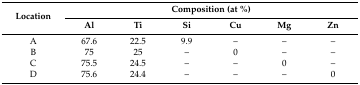
<table><thead><tr><td rowspan="2"><b>Location</b></td><td colspan="6"><b>Composition (at %)</b></td></tr><tr><td><b>Al</b></td><td><b>Ti</b></td><td><b>Si</b></td><td><b>Cu</b></td><td><b>Mg</b></td><td><b>Zn</b></td></tr></thead><tbody><tr><td>A</td><td>67.6</td><td>22.5</td><td>9.9</td><td>–</td><td>–</td><td>–</td></tr><tr><td>B</td><td>75</td><td>25</td><td>–</td><td>0</td><td>–</td><td>–</td></tr><tr><td>C</td><td>75.5</td><td>24.5</td><td>–</td><td>–</td><td>0</td><td>–</td></tr><tr><td>D</td><td>75.6</td><td>24.4</td><td>–</td><td>–</td><td>–</td><td>0</td></tr></tbody></table>